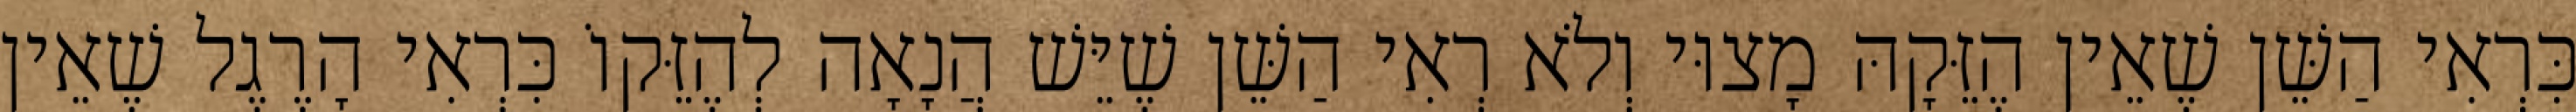
כִּרְאִי הַשֵּׁן שֶׁאֵין הֶזֵּקָהּ מָצוּי וְלֹא רְאִי הַשֵּׁן שֶׁיֵּשׁ הֲנָאָה לְהֶזֵּקוֹ כִּרְאִי הָרֶגֶל שֶׁאֵין